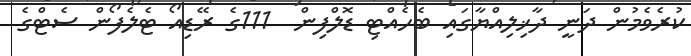
ކުރެވެމުން ދަނީ ދާޚިލިއްޔާގައި ބެހެއްޓި ޑޮލްފިން  111ގެ ރޭޑިއޯ ޓެލެފޯން ސެޓްގެ